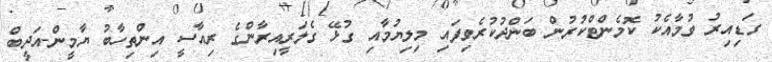
ގަޑިއިރު ވުމާއެކު ކޮމެންޓްކުރުން ބަންދުކުރެވިފައި މިލިޔުމާއި ގުޅޭ ގެލަރީއިރާންގެ ރިއާސީ އިންތިހާބު ޔާމީން-އަދީބް